system: You are a helpful assistant.
user:
Analyze the provided spectrum to determine if it is a **S-type Star**.

- **Key Indicators for S-type Star:**

    - **(Overall Spectrum Shape):** The first and most obvious characteristic is the overall continuum (the "baseline" shape). It is **extremely "red-sloping,"** meaning the flux (light intensity) is very low on the left side (blue, ~4000-4500 Å) and rises steeply and continuously toward the right side (red, ~7000 Å+).

    - **(Primary):** The spectrum is defined by the presence of strong, broad molecular absorption "valleys" (bands) from **Zirconium Oxide (ZrO)**. The identification of these bands is the **primary requirement** for classifying a star as S-type.
        - **(Key Bandheads):** You must find distinct, deep "dips" where the light has been absorbed. The most critical band systems to locate are:
            - **~6474 Å** ($\gamma$-system): This is often the strongest and clearest ZrO feature, found in the red part of the spectrum.
            - **~5718 Å** & **~5551 Å** ($\beta$-system): A pair of prominent absorption features in the yellow-orange part of the spectrum.
            - **~4640 Å** ($\alpha$-system): A key absorption band system in the blue-green region of the spectrum.

    - **(Secondary Confirmation):** The classification is strengthened by finding additional absorption bands from other related heavy element oxides, which are expected to be present alongside ZrO.
        - **(Key Bandheads):**
            - **Yttrium Oxide (YO):** Look for absorption dips near **~4800 Å** and **~6100 Å**.
            - **Lanthanum Oxide (LaO):** Additional absorption features, particularly in the red-orange part of the spectrum, are also characteristic.

    - **(Line Profile):** The combination of the steep red continuum and these numerous, deep molecular bands (ZrO, YO, etc.) gives the entire spectrum a very **"chopped-up"** or **"bumpy"** appearance. Instead of a smooth curve, the spectrum looks as though large, wide chunks of light have been "carved out" of it at the specific wavelengths listed above.

Think first, call **spectral_visualization_tool** if needed to examine features in detail, then provide your final answer. Your response must adhere to the following strict rules:
1.  **Overall Structure:** Your response must follow the format `<think>...</think> <tool_call>...</tool_call> (if a tool is used) <answer>...</answer>`.
2.  **Tool Usage Constraint:** You may only make **one** tool call per turn.
3.  **Final Answer Format:** In the `<answer>` tag, your conclusion must be inside a `\boxed{}` command (e.g., `\boxed{YES}` or `\boxed{NO}`), followed by your justification.

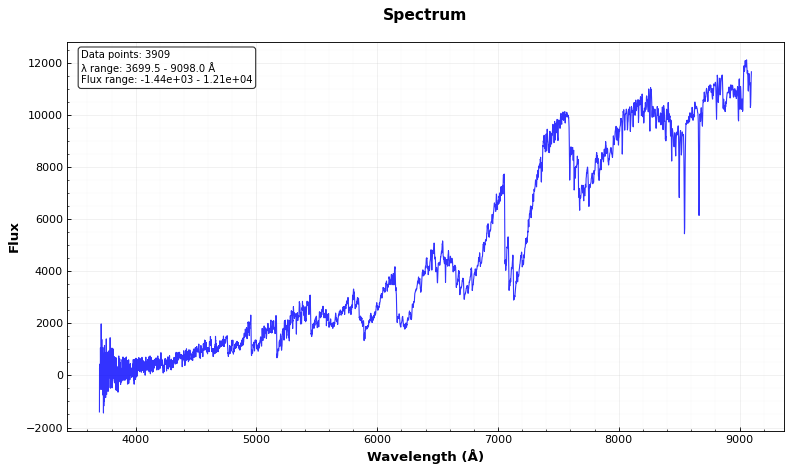
Answer: YES